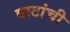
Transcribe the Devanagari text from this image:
वाटांची